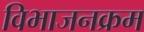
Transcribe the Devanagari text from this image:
विभाजनक्रम